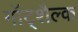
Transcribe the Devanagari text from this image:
गॉट्शैल्क